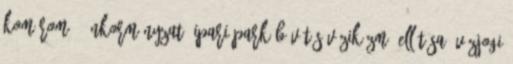
Komárom - Önkormányzat- Ipari Park bővítés víziközmű ellátása -vízjogi